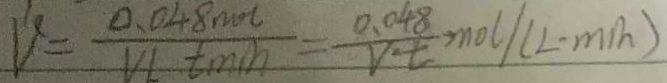
V = \frac { 0 . 0 4 8 n o l } { V L t \min } = \frac { 0 . 0 4 8 } { v \cdot t } m o l ( L \cdot m / h )